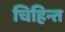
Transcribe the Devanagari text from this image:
चिहिन्त